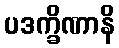
ပဒက္ခိဏာနိ